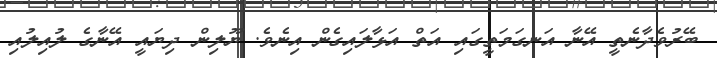
ބޭރުވެދާނެތީ އޭނާ އަނގަމަތީގައި އަތް އަޅާލައިގެން އިނެވެ. ޔޫލިން ދިޔައީ އޭނާގެ ލުއިލުއި